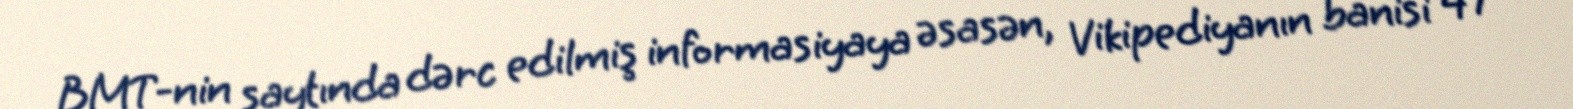
BMT-nin saytında dərc edilmiş informasiyaya əsasən, Vikipediyanın banisi 47